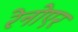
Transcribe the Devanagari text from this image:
रेनोएर